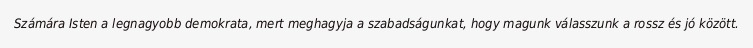
Számára Isten a legnagyobb demokrata, mert meghagyja a szabadságunkat, hogy magunk válasszunk a rossz és jó között.